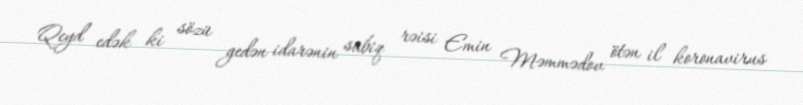
Qeyd edək ki sözü gedən idarənin sabiq rəisi Emin Məmmədov ötən il koronavirus